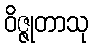
ဝိဇ္ဇုတာသု